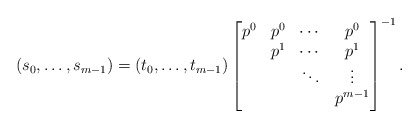
\begin{align*}(s_0,\dots,s_{m-1})=(t_0,\dots,t_{m-1})\left[\begin{matrix}p^0&p^0&\cdots&p^0\cr &p^1&\cdots&p^1\cr &&\ddots&\vdots\cr &&&p^{m-1}\end{matrix}\right]^{-1}.\end{align*}